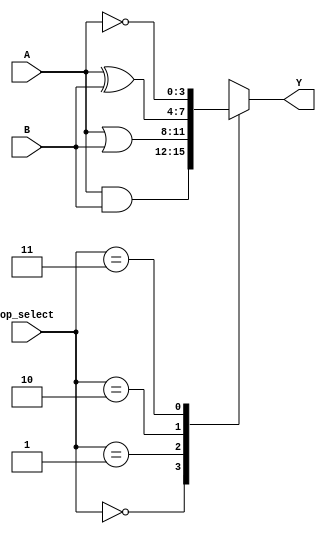
module AdjacencyGroup (
    input wire [3:0] A,          // 4-bit input vector
    input wire [3:0] B,          // 4-bit input vector
    input wire [1:0] op_select,   // Operation select: 00=AND, 01=OR, 10=XOR, 11=NOT A
    output reg [3:0] Y           // 4-bit output vector
);

    // Combinational logic operations
    always @(*) begin
        case (op_select)
            2'b00: Y = A & B;         // AND operation
            2'b01: Y = A | B;         // OR operation
            2'b10: Y = A ^ B;         // XOR operation
            2'b11: Y = ~A;            // NOT operation (applied to A)
            default: Y = 4'b0000;     // Default case
        endcase
    end

endmodule